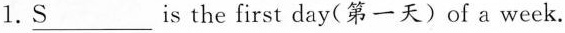
1. \underline{S} is the first day(第一天)of a week.